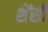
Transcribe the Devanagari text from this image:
शेंसी